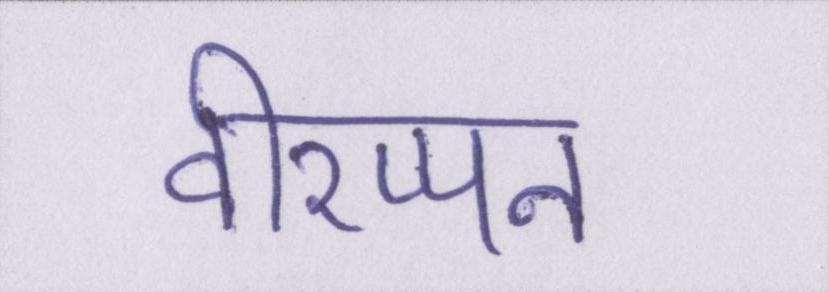
वीरप्पन